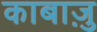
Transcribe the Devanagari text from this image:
काबाज़ु